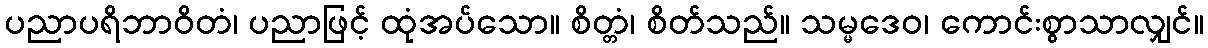
ပညာပရိဘာဝိတံ၊ ပညာဖြင့် ထုံအပ်သော။ စိတ္တံ၊ စိတ်သည်။ သမ္မဒေဝ၊ ကောင်းစွာသာလျှင်။